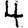
Digit: 4